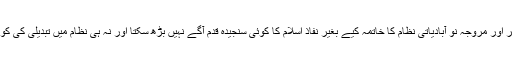
کیونکہ اس حصار کو توڑے بغیر اور مروجہ نو آبادیاتی نظام کا خاتمہ کیے بغیر نفاذ اسلام کا کوئی سنجیدہ قدم آگے نہیں بڑھ سکتا اور نہ ہی نظام میں تبدیلی کی کوئی کوشش کامیاب ہو سکتی ہے۔